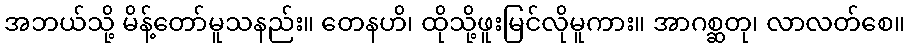
အဘယ်သို့ မိန့်တော်မူသနည်း။ တေနဟိ၊ ထိုသို့ဖူးမြင်လိုမူကား။ အာဂစ္ဆတု၊ လာလတ်စေ။